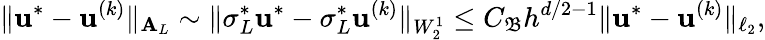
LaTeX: \| \boldsymbol{\mathbf{u}}^{*}-\boldsymbol{\mathbf{u}}^{(k)}\| _{\boldsymbol{\mathbf{A}}_{L}}\sim\| \sigma_{L}^{*}\boldsymbol{\mathbf{u}}^{*}-\sigma_{L}^{*}\boldsymbol{\mathbf{u}}^{(k)}\| _{W_{2}^{1}}\le C_{\mathfrak{B}}h^{d/2-1}\| \boldsymbol{\mathbf{u}}^{*}-\boldsymbol{\mathbf{u}}^{(k)}\| _{\ell_{2}},